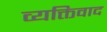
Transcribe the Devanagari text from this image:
व्‍यक्तिवाद